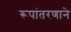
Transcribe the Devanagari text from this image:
रूपांतरणाने